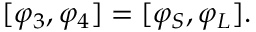
[ \varphi _ { 3 } , \varphi _ { 4 } ] = [ \varphi _ { S } , \varphi _ { L } ] .